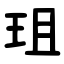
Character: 珇